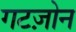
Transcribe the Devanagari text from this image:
गटज़ोन